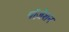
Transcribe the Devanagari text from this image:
पॉज़ेशन